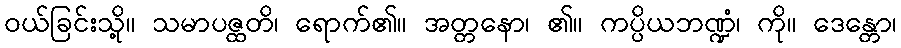
ဝယ်ခြင်းသို့။ သမာပဇ္ထတိ၊ ရောက်၏။ အတ္တနော၊ ၏။ ကပ္ပိယဘဏ္ဍံ၊ ကို။ ဒေန္တော၊